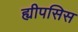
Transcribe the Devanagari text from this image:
ह्यीपसिस